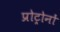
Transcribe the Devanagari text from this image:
प्रोट्रोनों